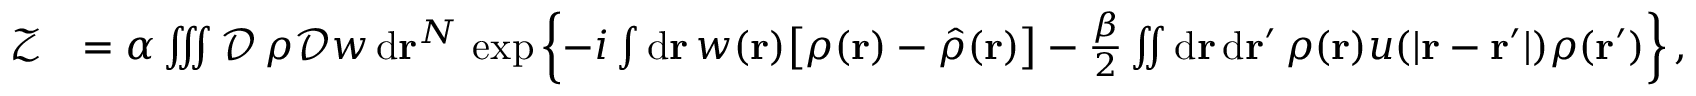
\begin{array} { r l } { \mathcal { Z } } & { = \alpha \iiint \mathcal { D } \, \rho \mathcal { D } w \, \mathrm { d } \mathbf { r } ^ { N } \, \exp \left\{ - i \int \mathrm { d } \mathbf { r } \, w ( \mathbf { r } ) \big [ \rho ( \mathbf { r } ) - \hat { \rho } ( \mathbf { r } ) \big ] - \frac { \beta } { 2 } \iint \mathrm { d } \mathbf { r } \, \mathrm { d } \mathbf { r } ^ { \prime } \, \rho ( \mathbf { r } ) u ( \vert \mathbf { r } - \mathbf { r } ^ { \prime } \vert ) \rho ( \mathbf { r } ^ { \prime } ) \right\} , } \end{array}